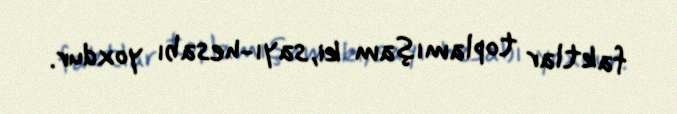
faktlar toplamışam ki, sayı-hesabı yoxdur.